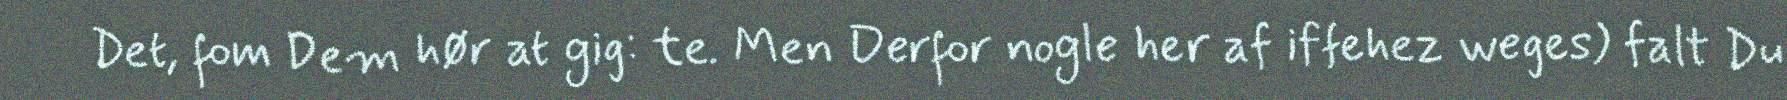
Det, fom Dem hør at gig: te. Men Derfor nogle her af iffehez weges) falt Du